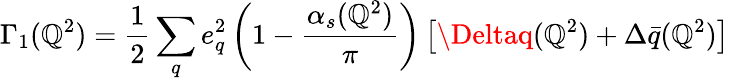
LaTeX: \Gamma_{1}(\mathbb{Q}^{2})=\frac{{1}}{{2}}\sum_{q}e_{q}^{2}\left(1-\frac{{\alpha_{s}(\mathbb{Q}^{2})}}{{\pi}}\right)\left[\Deltaq(\mathbb{Q}^{2})+\Delta\bar{{q}}(\mathbb{Q}^{2})\right]